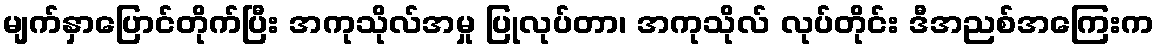
မျက်နှာပြောင်တိုက်ပြီး အကုသိုလ်အမှု ပြုလုပ်တာ၊ အကုသိုလ် လုပ်တိုင်း ဒီအညစ်အကြေးက